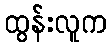
ထွန်းလူက